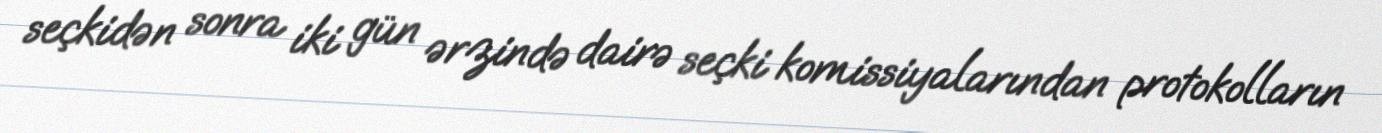
seçkidən sonra iki gün ərzində dairə seçki komissiyalarından protokolların